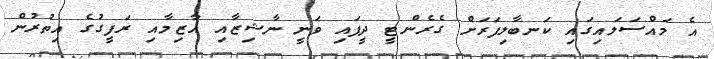
އެ މައްސަލައިގައި ކަނބާލިފަރަށް ގެރެންޓީ ދީފައި ވަނީ ނާޝިޒާއި އާޒިމާއި ރަފީގުގެ އިތުރުން